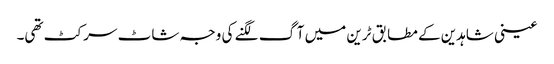
عینی شاہدین کے مطابق ٹرین میں آگ لگنے کی وجہ شاٹ سرکٹ تھی۔